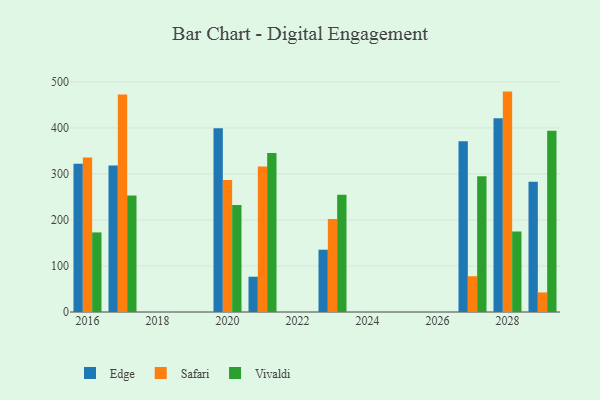
{"axis": {"x": "Year", "y": "Energy Usage (MWh)"}, "legend": ["Edge", "Safari", "Vivaldi"], "data": [{"x": "2016", "y": 322.1, "type": "Edge"}, {"x": "2016", "y": 335.7, "type": "Safari"}, {"x": "2016", "y": 173.0, "type": "Vivaldi"}, {"x": "2020", "y": 399.6, "type": "Edge"}, {"x": "2020", "y": 287.1, "type": "Safari"}, {"x": "2020", "y": 232.4, "type": "Vivaldi"}, {"x": "2021", "y": 76.7, "type": "Edge"}, {"x": "2021", "y": 316.3, "type": "Safari"}, {"x": "2021", "y": 345.4, "type": "Vivaldi"}, {"x": "2023", "y": 135.4, "type": "Edge"}, {"x": "2023", "y": 201.9, "type": "Safari"}, {"x": "2023", "y": 254.7, "type": "Vivaldi"}, {"x": "2027", "y": 371.1, "type": "Edge"}, {"x": "2027", "y": 77.8, "type": "Safari"}, {"x": "2027", "y": 295.3, "type": "Vivaldi"}, {"x": "2029", "y": 282.9, "type": "Edge"}, {"x": "2029", "y": 42.5, "type": "Safari"}, {"x": "2029", "y": 393.8, "type": "Vivaldi"}, {"x": "2028", "y": 421.4, "type": "Edge"}, {"x": "2028", "y": 479.1, "type": "Safari"}, {"x": "2028", "y": 175.0, "type": "Vivaldi"}, {"x": "2017", "y": 318.3, "type": "Edge"}, {"x": "2017", "y": 472.7, "type": "Safari"}, {"x": "2017", "y": 253.1, "type": "Vivaldi"}]}